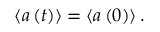
\left\langle a \left( t \right) \right\rangle = \left\langle a \left( 0 \right) \right\rangle .